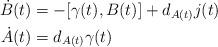
LaTeX: \begin{align*}\dot{B}(t) & = - [\gamma(t),B(t)] + d_{A(t)} j(t)\\\dot{A}(t) & = d_{A(t)}\gamma(t)\end{align*}